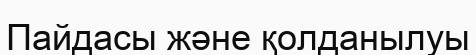
Пайдасы және қолданылуы